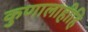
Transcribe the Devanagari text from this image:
कुणालाहीहि